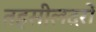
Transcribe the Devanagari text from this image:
तहसीलदरों